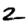
Digit: 2